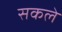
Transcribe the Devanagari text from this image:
सकले